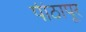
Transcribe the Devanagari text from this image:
पीठापूर